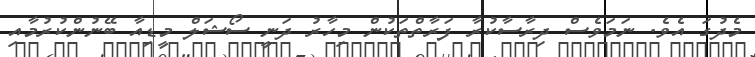
މެދުގަ އެވެ. ނަމަވެސް ދިރާސާކުރާ ފަރާތްތަކުން މިހާރު ދަނީ ސޯޝަލް މީޑިއާ ބޭނުންކުރުމާއި